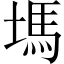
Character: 𡏢